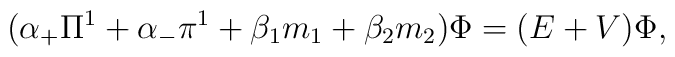
({\alpha}_{+} {\Pi}^1 + {\alpha}_{-} {\pi}^1+ {\beta}_1 m_1 + {\beta}_2 m_2 ) {\Phi} =(E+V) {\Phi},